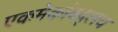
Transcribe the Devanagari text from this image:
एकमेकांबद्लच